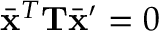
\Bar { \mathbf { x } } ^ { T } \mathbf T \Bar { \mathbf { x } } ^ { \prime } = 0